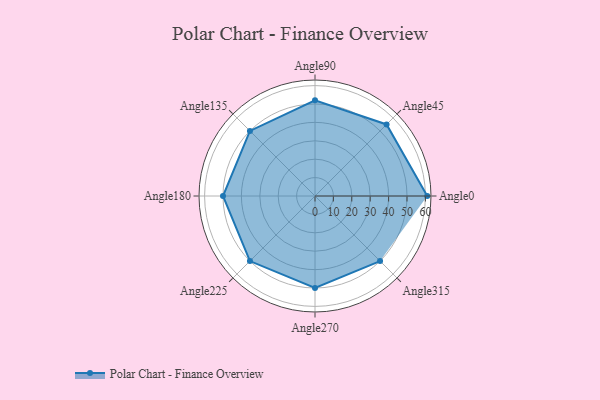
{"axis": {"x": "Angle", "y": "Radius"}, "legend": [""], "data": [{"x": "Angle0", "y": 61.0, "type": ""}, {"x": "Angle45", "y": 55.0, "type": ""}, {"x": "Angle90", "y": 52.0, "type": ""}, {"x": "Angle135", "y": 50, "type": ""}, {"x": "Angle180", "y": 50, "type": ""}, {"x": "Angle225", "y": 50, "type": ""}, {"x": "Angle270", "y": 50, "type": ""}, {"x": "Angle315", "y": 50, "type": ""}]}